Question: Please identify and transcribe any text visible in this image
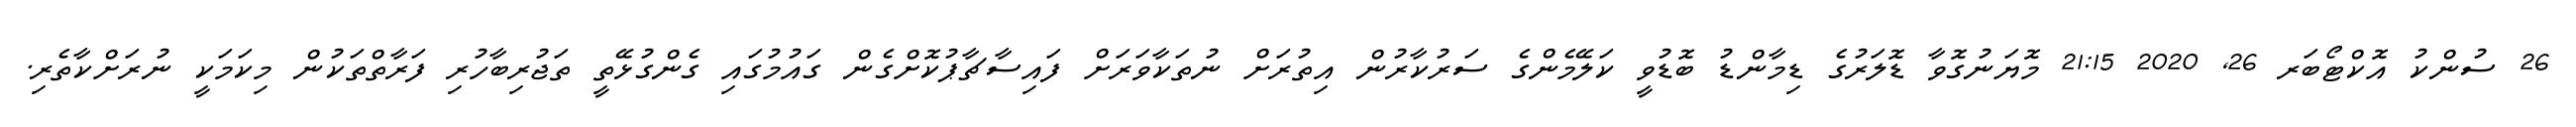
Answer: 26 ސުންކު އޮކްޓޯބަރ 26, 2020 21:15 މޮޔަނުގޮވާ ޑޮލަރުގެ ޑިމާންޑު ބޮޑުވީ ކަލޭމެންގެ ސަރުކާރުން އިތުރަށް ނުތަކާވަރަށް ފައިސާޗާޕުކޮށްގެން ގައުމުގައި ގެންގުޅޭތީ ތަޖުރިބާހުރި ފަރާތްތަކުން މިކަމަކީ ނުރަށްކާތެރި.